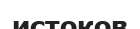
истоков